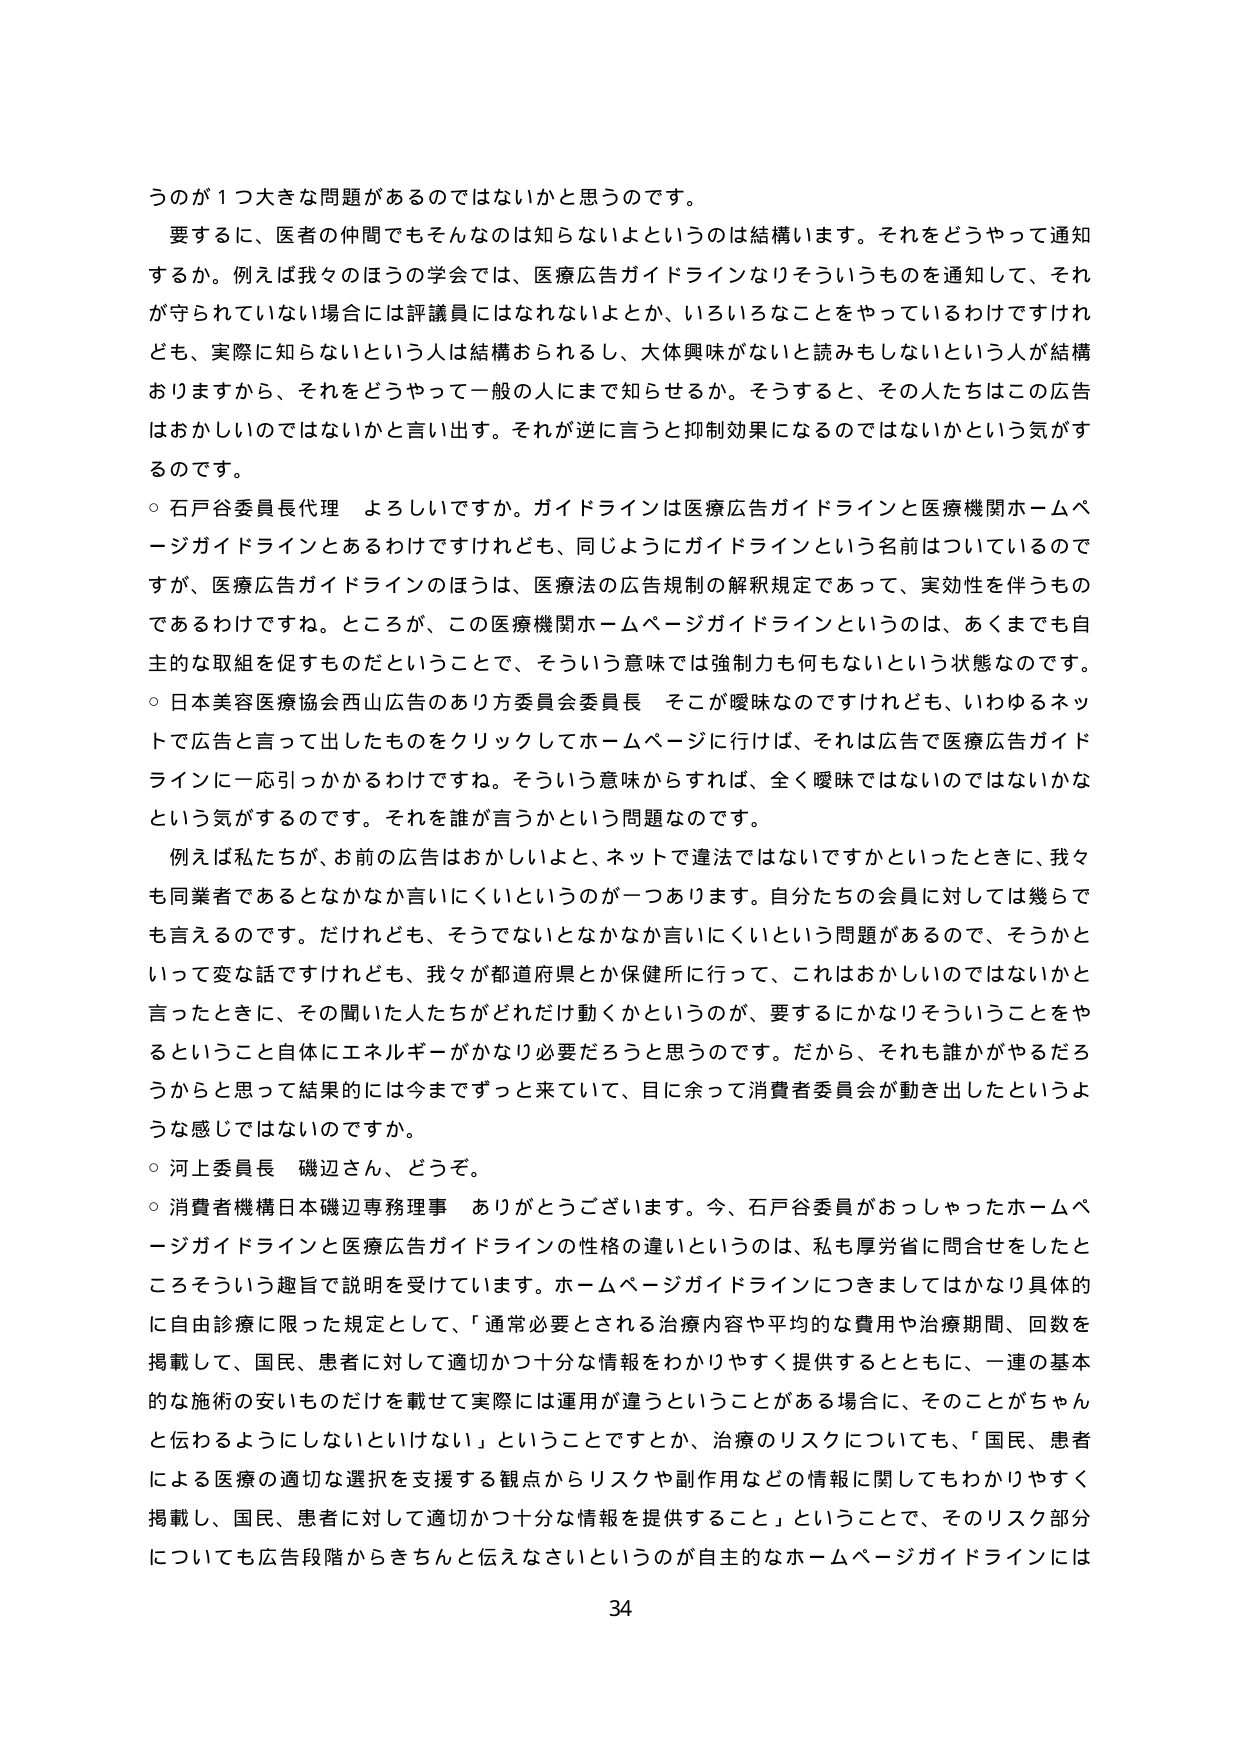
うのが１つ大きな問題があるのではないかと思うのです。

要するに、医者の仲間でもそんなのは知らないよというのは結構います。それをどうやって通知するか。例えば我々のほうの学会では、医療広告ガイドラインなりそういうものを通知して、それが守られていない場合には評議員にはなれないよとか、いろいろなことをやっているわけですが、でも、実際に知らないという人は結構おられるし、大体興味がないと読みもしないという人が結構おりますから、それをどうやって一般の人にもまで知らせるか。そうすると、その人たちはこの広告はおかしいのではないかと言い出す。それが逆に言うと抑制効果になるのではないかという気がするのです。

○ 石戸谷委員長代理 よろしいですか。ガイドラインは医療広告ガイドラインと医療機関ホームページガイドラインとあるわけですが、同じようにガイドラインという名前はついているのですが、医療広告ガイドラインのほうは、医療法の広告規制の解釈規定であって、実効性を伴うものであるわけですね。ところが、この医療機関ホームページガイドラインというのは、あくまでも自主的な取組を促すものだということで、そういう意味では強制力も何もないという状態なのです。

○ 日本美容医療協会西山広告のあり方委員会委員長 そこが曖昧なのですが、いわゆるネットで広告と言って出したものをクリックしてホームページに行けば、それは広告で医療広告ガイドラインに一応引っかかるわけです。そういう意味からすれば、全く曖昧ではないのではないかという気がするのです。それを誰が言うかという問題なのです。

例えば私たちが、お前の広告はおかしいよと、ネットで違法ではないですかといったときに、我々も同業者であるとなかなか言いにくいというのが一つあります。自分たちの会員に対しては幾らでも言えるのです。だけれども、そうでないとなかなか言いにくいという問題があるので、そうかといって変な話ですけれども、我々が都道府県とか保健所に行って、これはおかしいのではないかと言ったときに、その聞いた人たちがどれだけ動くかというのが、要するにかなりそういうことをやるということ自体にエネルギーがかなり必要だろうと思うのです。だから、それも誰かがやるだろうからと思って結果的には今までずっと来ていて、目に余って消費者委員会が動き出したというような感じではないのですか。

○ 河上委員長 磯辺さん、どうぞ。

○ 消費者機構日本磯辺専務理事 ありがとうございます。今、石戸谷委員がおっしゃったホームページガイドラインと医療広告ガイドラインの性格の違いというのは、私も厚労省に問合せをしたところそういう趣旨で説明を受けています。ホームページガイドラインにつきましてはかなり具体的に自由診療に限った規定として、「通常必要とされる治療内容や平均的な費用や治療期間、回数を掲載して、国民、患者に対して適切かつ十分な情報をわかりやすく提供するとともに、一連の基本的な施術の安いものだけを載せて実際には運用が違うということがある場合に、そのことがちゃんと伝わるようにしないといけない」ということですが、治療のリスクについても、「国民、患者による医療の適切な選択を支援する観点からリスクや副作用などの情報に関してもわかりやすく掲載し、国民、患者に対して適切かつ十分な情報を提供すること」ということで、そのリスク部分についても広告段階からきちんと伝えなさいというのが自主的なホームページガイドラインには

34